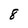
Character: 8